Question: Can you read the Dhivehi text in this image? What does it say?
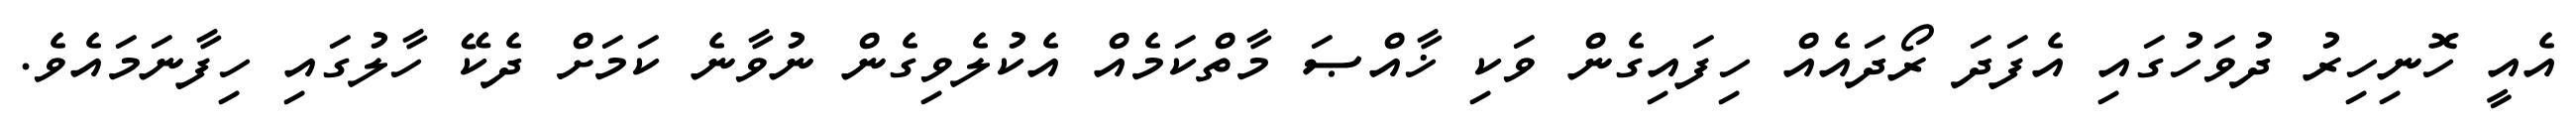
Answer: އެއީ ހޮނިހިރު ދުވަހުގައި އެފަދަ ރޯދައެއް ހިފައިގެން ވަކި ޚާއްޞަ މާތްކަމެއް އެކުލެވިގެން ނުވާނެ ކަމަށް ދެކޭ ހާލުގައި ހިފާނަމައެވެ.